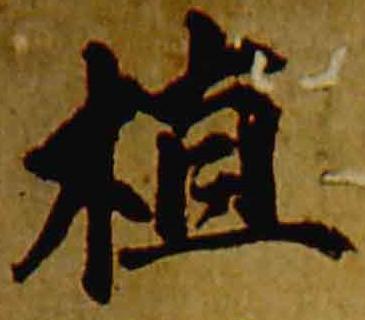
植